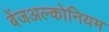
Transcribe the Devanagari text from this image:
बेंजअल्कोनियम